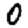
Digit: 0